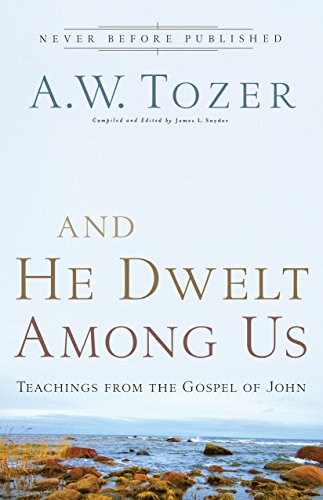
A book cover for And He Dwelt Among Us: Teachings from the Gospel of John; A.W. Tozer; Christian Books & Bibles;